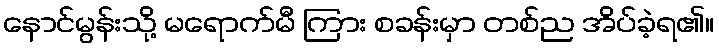
နောင်မွန်းသို့ မရောက်မီ ကြား စခန်းမှာ တစ်ည အိပ်ခဲ့ရ၏။